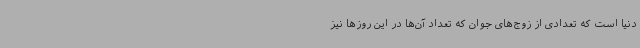
دنیا است که تعدادی از زوج‌های جوان که تعداد آن‌ها در این روزها نیز